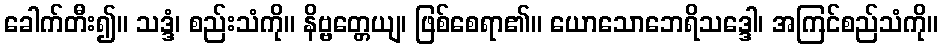
ခေါက်တီး၍။ သဒ္ဒံ၊ စည်းသံကို။ နိဗ္ဗတ္တေယျ၊ ဖြစ်စေရာ၏။ ယောသောဘေရိသဒ္ဒေါ၊ အကြင်စည်သံကို။